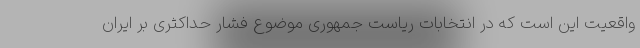
واقعیت این است که در انتخابات ریاست جمهوری موضوع فشار حداکثری بر ایران